Insane asylums in Bengal annual reports 1876-1887 - 1876-1887
Year: 1876
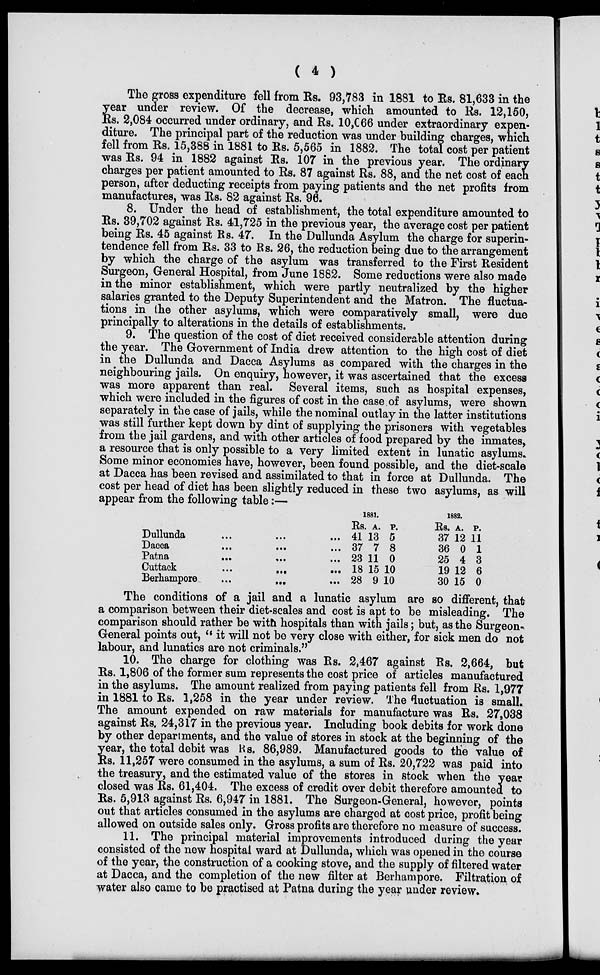
(
4
)
The gross expenditure fell from Rs. 93,783 in 1881 to Rs. 81,633 in the
year under review. Of the decrease, which amounted to Rs. 12,150,
Rs. 2,084 occurred under ordinary, and Rs. 10,066 under extraordinary expen-
diture. The principal part of the reduction was under building charges, which
fell from Rs. 15,388 in 1881 to Rs. 5,565 in 1882. The total cost per patient
was Rs. 94 in 1882 against Rs. 107 in the previous year. The ordinary
charges per patient amounted to Rs. 87 against Rs. 88, and the net cost of each
person, after deducting receipts from paying patients and the net profits from
manufactures, was Rs. 82 against Rs. 96.
8. Under the head of establishment, the total expenditure amounted to
Rs. 39,702 against Rs. 41,725 in the previous year, the average cost per patient
being Rs. 45 against Rs. 47. In the Dullunda Asylum the charge for superin-
tendence fell from Rs. 33 to Rs. 26, the reduction being due to the arrangement
by which the charge of the asylum was transferred to the First Resident
Surgeon, General Hospital, from June 1882. Some reductions were also made
in the minor establishment, which were partly neutralized by the higher
salaries granted to the Deputy Superintendent and the Matron. The fluctua-
tions in the other asylums, which were comparatively small, were due
principally to alterations in the details of establishments.
9. The question of the cost of diet received considerable attention during
the year. The Government of India drew attention to the high cost of diet
in the Dullunda and Dacca Asylums as compared with the charges in the
neighbouring jails. On enquiry, however, it was ascertained that the excess
was more apparent than real. Several items, such as hospital expenses,
which were included in the figures of cost in the case of asylums, were shown
separately in the case of jails, while the nominal outlay in the latter institutions
was still further kept down by dint of supplying the prisoners with vegetables
from the jail gardens, and with other articles of food prepared by the inmates,
a resource that is only possible to a very limited extent in lunatic asylums.
Some minor economies have, however, been found possible, and the diet-scale
at Dacca has been revised and assimilated to that in force at Dullunda. The
cost per head of diet has been slightly reduced in these two asylums, as will
appear from the following table:—
Dullunda ... ... ...
Dacca
...
... ...
Patna
...
...
...
Cuttack
...
...
...
Berhampore
...
... ...
1881.
Rs.
41
37
23
18
28
A.
13
7
11
15
9
P.
5
8
0
10
10
1882.
Rs.
37
36
25
19
30
A.
12
0
4
12
15
P.
11
1
3
6
0
The conditions of a jail and a lunatic asylum are so different, that
a comparison between their diet-scales and cost is apt to be misleading. The
comparison should rather be with hospitals than with jails; but, as the Surgeon-
General points out, " it will not be very close with either, for sick men do not
labour, and lunatics are not criminals."
10. The charge for clothing was Rs. 2,467 against Rs. 2,664, but
Rs. 1,806 of the former sum represents the cost price of articles manufactured
in the asylums. The amount realized from paying patients fell from Rs. 1,977
in 1881 to Rs. 1,258 in the year under review. The fluctuation is small.
The amount expended on raw materials for manufacture was Rs. 27,038
against Rs. 24,317 in the previous year. Including book debits for work done
by other departments, and the value of stores in stock at the beginning of the
year, the total debit was Rs. 86,989. Manufactured goods to the value of
Rs. 11,257 were consumed in the asylums, a sum of Rs. 20,722 was paid into
the treasury, and the estimated value of the stores in stock when the year
closed was Rs. 61,404. The excess of credit over debit therefore amounted to
Rs. 5,913 against Rs. 6,947 in 1881. The Surgeon-General, however, points
out that articles consumed in the asylums are charged at cost price, profit being
allowed on outside sales only. Gross profits are therefore no measure of success.
11. The principal material improvements introduced during the year
consisted of the new hospital ward at Dullunda, which was opened in the course
of the year, the construction of a cooking stove, and the supply of filtered water
at Dacca, and the completion of the new filter at Berhampore. Filtration of
water also came to be practised at Patna during the year under review.